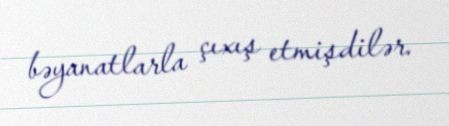
bəyanatlarla çıxış etmişdilər.